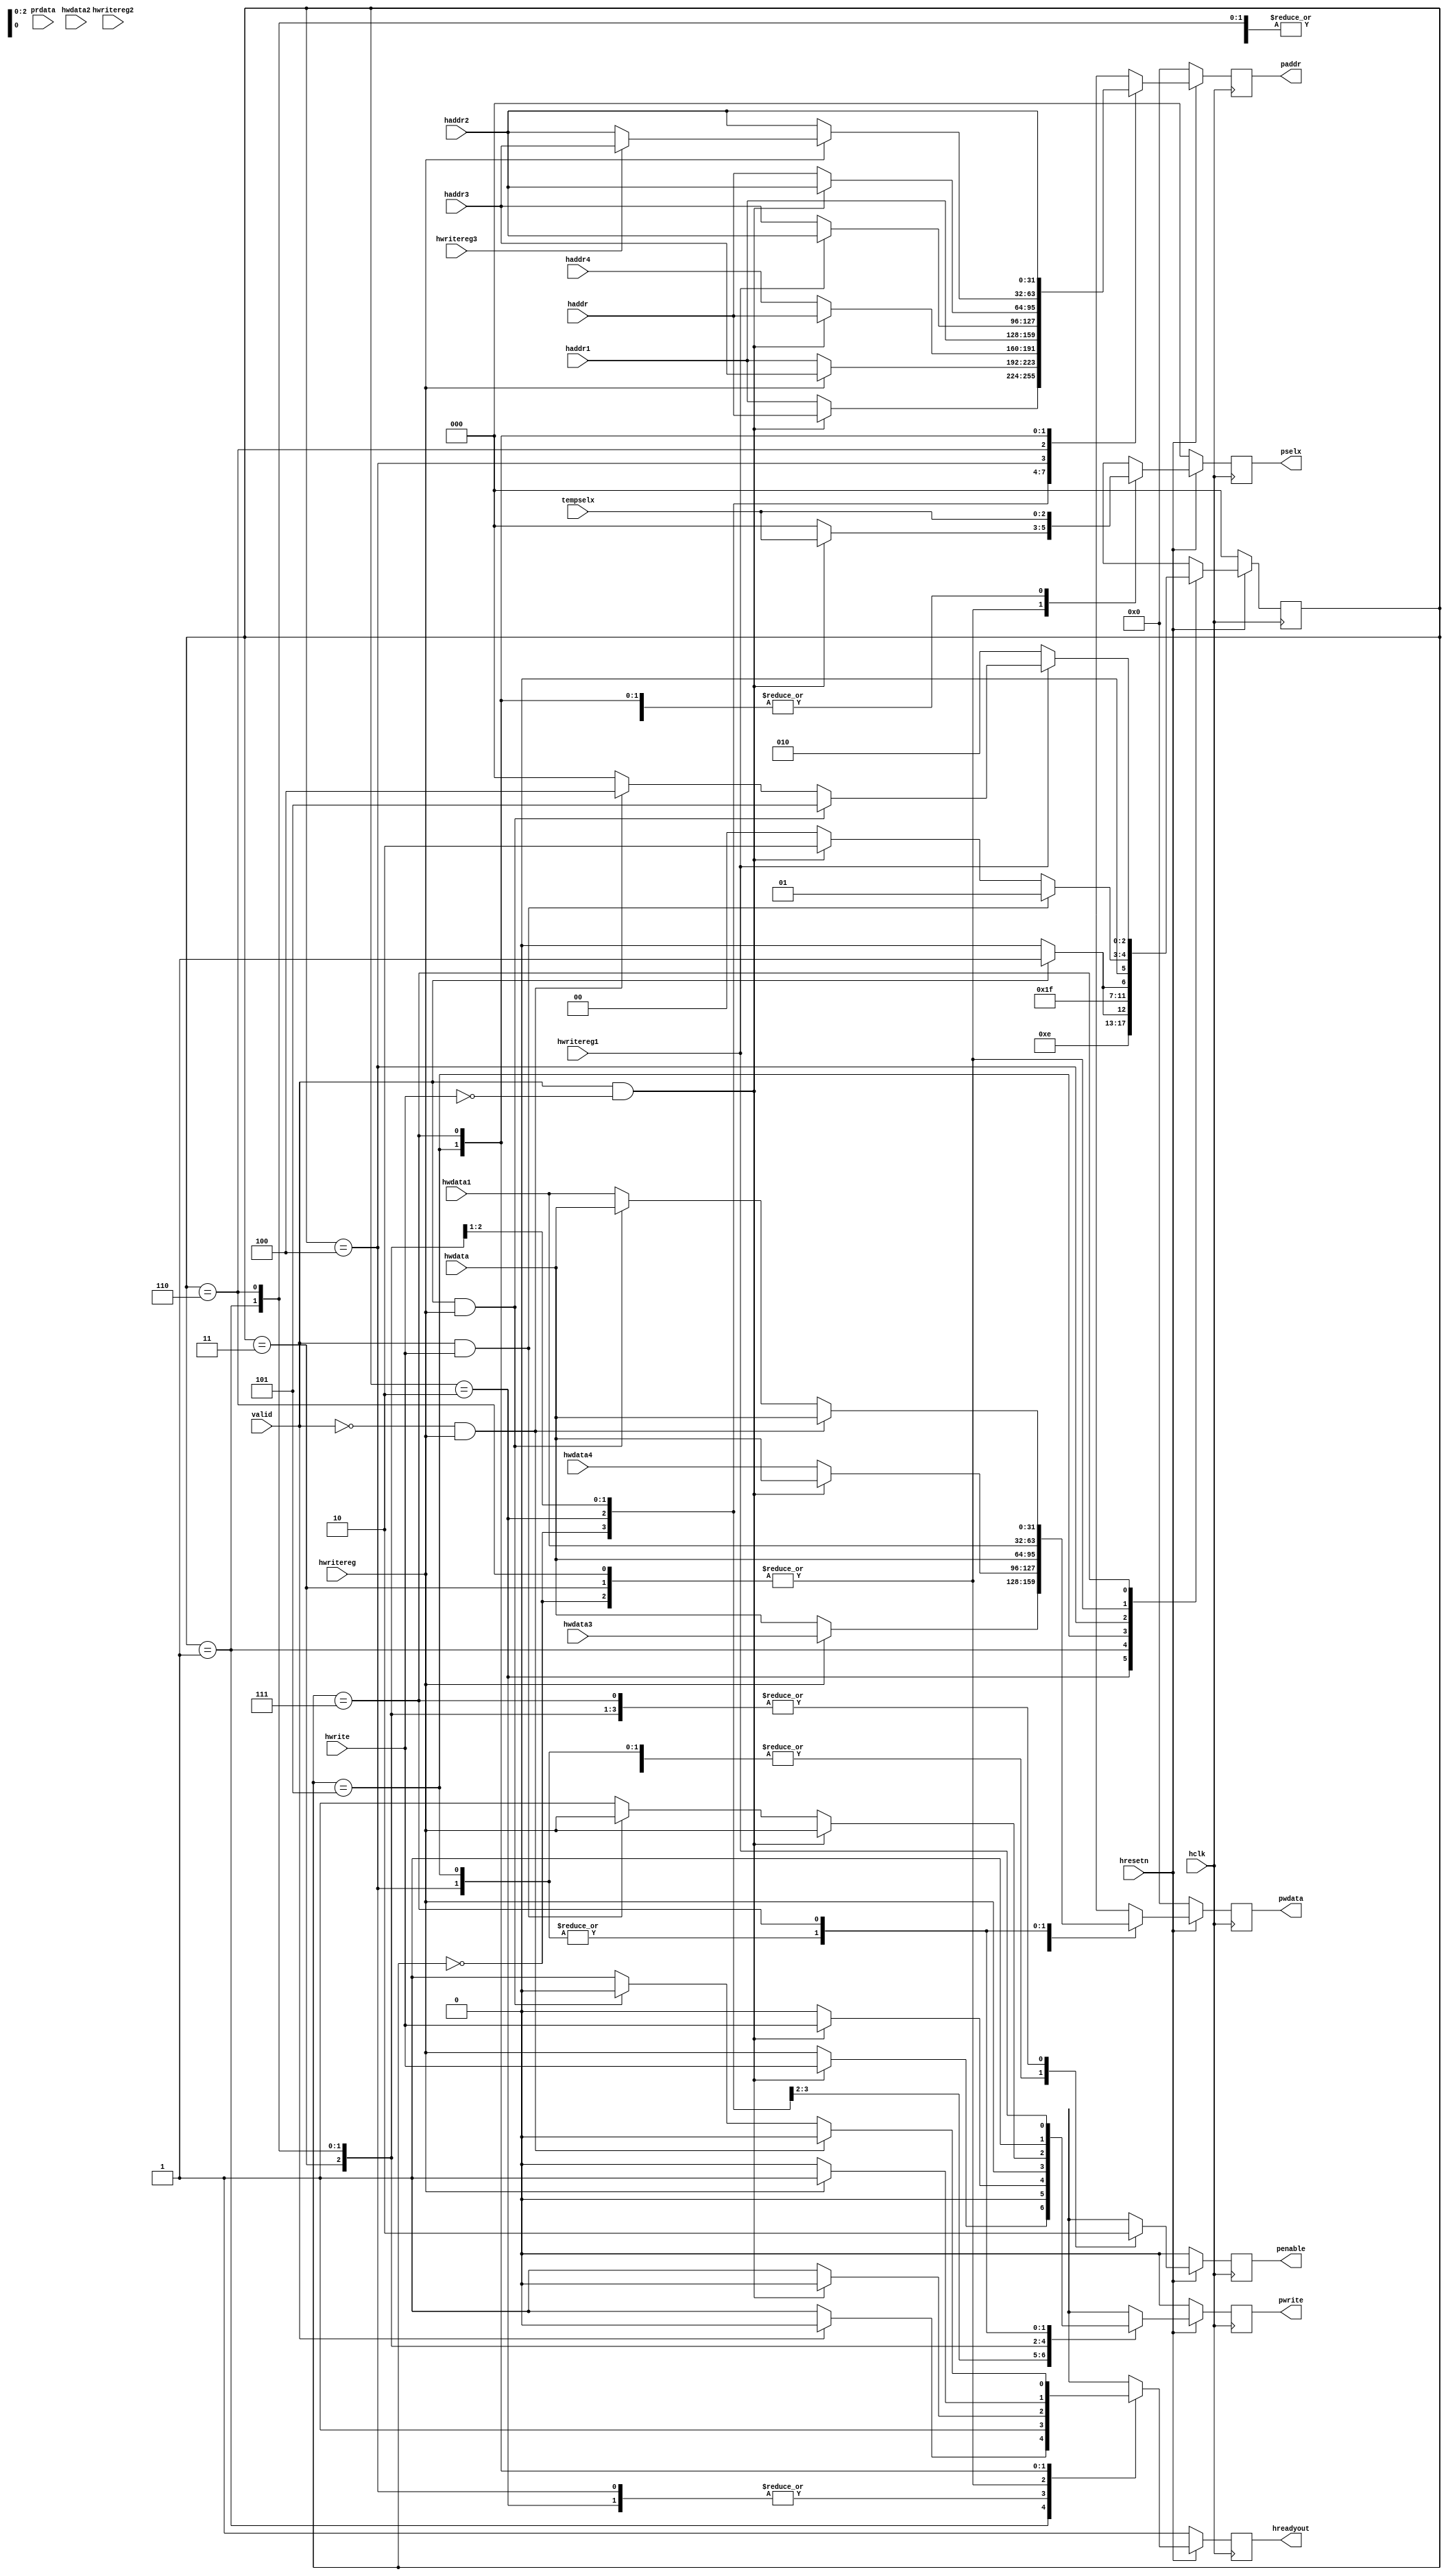
module apb_controller(hclk,hresetn,hwritereg,hwritereg1,hwritereg2,hwritereg3,hwrite,valid,haddr,hwdata,hwdata1,hwdata2,hwdata3,hwdata4,haddr1,haddr2,haddr3,haddr4,prdata,tempselx,penable,pwrite,hreadyout,pselx,paddr,pwdata);

input hclk;
input hresetn;
input [31:0] haddr;
input [31:0] haddr1;
input [31:0] haddr2;
input [31:0] haddr3;
input [31:0] haddr4;
input [31:0] hwdata;
input [31:0] hwdata1;
input [31:0] hwdata2;
input [31:0] hwdata3;
input [31:0] hwdata4;
input [31:0] prdata;
input [2:0] tempselx;
input valid;
input hwrite;
input hwritereg,hwritereg1,hwritereg2,hwritereg3;

output reg penable;
output reg pwrite;
output reg [2:0] pselx;
output reg [31:0] pwdata;
output reg [31:0] paddr;
output reg hreadyout;

// as there are 8 states we need register of width [2:0]  to complete all 8 states

reg [2:0] PRESENT_STATE,NEXT_STATE;



// giving resemblance to the states using parameters

parameter ST_IDLE = 3'b000,
          ST_WWAIT = 3'b001,
	  ST_READ = 3'b010,
	  ST_RENABLE = 3'b011,
	  ST_WRITE = 3'b100,
	  ST_WRITEP = 3'b101,
	  ST_WEENABLE = 3'b110,
	  ST_WENABLEP = 3'b111;
		  
 reg penable_temp;
 reg pwrite_temp;
 reg hreadyout_temp;
 reg [2:0] pselx_temp;
 reg [31:0] paddr_temp;
 reg [31:0] pwdata_temp;
		  


// present state logic 

always@(posedge hclk)
  begin
    if(!hresetn)
      PRESENT_STATE<=ST_IDLE;
   else
      PRESENT_STATE<=NEXT_STATE;
  end

// next state logic

 always@(*)
   begin
     NEXT_STATE=ST_IDLE;
	 
       case(PRESENT_STATE)
	  ST_IDLE: begin
		     if( valid == 1 && hwrite == 1)
		       NEXT_STATE = ST_WWAIT;
		     else if( valid == 1 && hwrite == 0)
		       NEXT_STATE = ST_READ;
		     else 
		       NEXT_STATE = ST_IDLE;
		   end
	 ST_READ : NEXT_STATE = ST_RENABLE;
		 
	 ST_RENABLE : begin 
		        if( valid == 1 && hwrite == 1)
			  NEXT_STATE = ST_WWAIT;
			else if( valid == 1 && hwrite == 0)
			  NEXT_STATE = ST_READ;
			else if(valid == 0)
			  NEXT_STATE = ST_IDLE;
		      end
	  ST_WWAIT :  begin
		        if( valid == 1)
	                  NEXT_STATE = ST_WRITEP;
			else if( valid == 0)
			  NEXT_STATE = ST_WRITE;
		      end
         
          ST_WRITEP : NEXT_STATE = ST_WENABLEP;
		 
	  ST_WRITE : begin
		       if( valid == 1)
		         NEXT_STATE = ST_WENABLEP;
		       else if( valid == 0)
			  NEXT_STATE = ST_WEENABLE;
		       end
					
         ST_WEENABLE : begin 
                         if( valid == 1 &&  hwrite == 1)
                           NEXT_STATE = ST_WWAIT;
                         else if( valid == 1 && hwrite == 0)
                           NEXT_STATE = ST_READ;
                         else if(valid == 0) 
                          NEXT_STATE = ST_IDLE;
                        end
		
          ST_WENABLEP : begin
                          if( hwritereg1 == 0)
                            NEXT_STATE = ST_READ; 
                         else if( valid == 1 && hwritereg == 1)
                            NEXT_STATE = ST_WRITEP;
                         else if( valid == 0 && hwritereg == 1)
                            NEXT_STATE = ST_WRITE;
                         end
						
	 default: NEXT_STATE = ST_IDLE;
                        
          
      endcase
  end

//temporary output logic

always@(*)
  begin
    case(PRESENT_STATE)
      ST_IDLE : if( valid == 1 && hwrite == 0 )
                  begin
	            paddr_temp = haddr;
                    pwdata_temp=hwdata;
	            pwrite_temp = hwrite;
	            pselx_temp = tempselx;
	            penable_temp = 0;
	            hreadyout_temp = 0;
	          end
		else if( valid == 1 && hwrite == 1 )
		  begin
                    paddr_temp=haddr1;
                    pwdata_temp=hwdata;
                    pwrite_temp=hwritereg;
		    pselx_temp = 0;
		    penable_temp = 0;
		    hreadyout_temp = 1;
                  end
		 else
	           begin
                     paddr_temp=haddr1;
                     pwdata_temp=hwdata;
                     pwrite_temp=hwritereg;
		     pselx_temp = 0;
		     penable_temp = 0; 
		     hreadyout_temp = 1;
		   end
      ST_READ :   if(hwritereg==0)
                    begin   
                      paddr_temp=haddr1;
                      pwdata_temp=hwdata;
                      pwrite_temp=0;
                      pselx_temp= tempselx;
                      penable_temp = 1;
		      hreadyout_temp = 1;
	            end
                 else
                   begin
                     paddr_temp=haddr3;
                     pwdata_temp=hwdata3;
                     pwrite_temp=0;
                     pselx_temp=tempselx;
                     penable_temp = 1;
	             hreadyout_temp = 1;
                   end
		   
     ST_RENABLE : if( valid == 1 && hwrite == 0)
                    begin
		      paddr_temp = haddr;
                      pwdata_temp=hwdata;
		      pwrite_temp = hwrite;
		      pselx_temp = tempselx;
		      penable_temp = 0;
		      hreadyout_temp = 0;
		    end
	          else if( valid == 1 && hwrite == 1 )
		    begin
                      paddr_temp=haddr4;
                      pwdata_temp=hwdata4;
                      pwrite_temp=0;
		      pselx_temp = 0;
		      penable_temp = 0;
		      hreadyout_temp = 1;
                   end
		  else
		    begin
                      paddr_temp=haddr4;
                      pwdata_temp=hwdata4;
                      pwrite_temp=0;
		      pselx_temp = 0;
		      penable_temp = 0;
		      hreadyout_temp = 1;
		    end

        ST_WWAIT :  if(valid)  
                      begin
                        paddr_temp = haddr1;
		        pwdata_temp = hwdata;
		        pwrite_temp = hwritereg;
		        pselx_temp = tempselx;
		        penable_temp = 0;
		        hreadyout_temp = 0;
		     end
	           else 
                     begin
                       paddr_temp = haddr1;
		       pwdata_temp = hwdata;
		       pwrite_temp = hwritereg;
		       pselx_temp = tempselx;
		       penable_temp = 0;
		       hreadyout_temp = 1;
                     end

       ST_WRITE :         
                  if(hwritereg1)
                    begin  
                      paddr_temp=haddr2;
                      pwdata_temp=hwdata1;
                      pwrite_temp=1;
                      pselx_temp=tempselx;
                      penable_temp = 1;
		      hreadyout_temp = 1;
		   end
                  else
                    begin  
                      paddr_temp=haddr3;
                      pwdata_temp=hwdata1;
                      pwrite_temp=1;
                      pselx_temp=tempselx;
                      penable_temp = 1;
		      hreadyout_temp = 1;
		   end
		   
     ST_WEENABLE : if( valid == 1 && hwrite == 0)
                     begin 
		       paddr_temp = haddr2;
                       pwdata_temp=hwdata;
		       pwrite_temp = hwritereg;
		       pselx_temp = tempselx;
		       penable_temp = 0;
		       hreadyout_temp = 0;
		     end
		    else if( valid == 1 && hwrite == 1)
		      begin
                        paddr_temp=haddr;
                        pwdata_temp=hwdata;
                        pwrite_temp= hwritereg;
		        pselx_temp = 0;
		        penable_temp = 0;
		        hreadyout_temp = 1;
                      end
		   else
		     begin
                       paddr_temp=haddr;
                       pwdata_temp=hwdata;
                       pwrite_temp=1;
		       pselx_temp = 0;
		       penable_temp = 0;
		       hreadyout_temp = 1;
		     end		   
		   
     ST_WRITEP :   if(hwritereg==0)
                     begin
                       paddr_temp=haddr2;
                       pwdata_temp= hwdata1;
                       pwrite_temp=1;
                       pselx_temp=tempselx;
                       penable_temp=1;
                       hreadyout_temp=0;
                     end
                  else if(hwritereg3)
                    begin
                      paddr_temp=haddr3;
                      pwdata_temp=hwdata1;
                      pwrite_temp=1;
                      pselx_temp=tempselx;
                      penable_temp = 1;
		      hreadyout_temp = 1;
		    end
                  else
                    begin
                      paddr_temp=haddr2;
                      pwdata_temp=hwdata1;
                      pwrite_temp=1;
                      pselx_temp=tempselx;
                      penable_temp = 1;
		      hreadyout_temp = 1;
		    end
           
    ST_WENABLEP : if(valid==0 && hwritereg==1)
                    begin
                      paddr_temp = haddr2;
                      pwdata_temp=hwdata;
		      pwrite_temp = hwritereg1;
		      pselx_temp = tempselx;
		      penable_temp = 0;
		      hreadyout_temp = 0;
                    end
                  else if(valid==1&&hwritereg==1)
                    begin
                      paddr_temp = haddr2;
	              pwdata_temp = hwdata;
		      pwrite_temp = hwritereg1;
		      pselx_temp = tempselx;
		      penable_temp = 0;
		      hreadyout_temp = 0;
		    end
		   else
                     begin
                       paddr_temp = haddr2;
	               pwdata_temp = hwdata1;
		       pwrite_temp = hwritereg1;
		       pselx_temp = tempselx;
		       penable_temp = 0;
		       hreadyout_temp = 1;
                      end
                       

			   
      endcase
  end

// actual output logic

always@(posedge hclk)
  begin
    if(!hresetn)
      begin
        paddr<= 0;
        penable<= 0;
        pselx<= 0;
        pwdata<= 0;
        pwrite<= 0;
        hreadyout<= 1;
     end
  else
    begin
      paddr<= paddr_temp;
      penable<= penable_temp;
      pselx<= pselx_temp;
      pwdata<= pwdata_temp;
      pwrite<= pwrite_temp;
      hreadyout<= hreadyout_temp;
   end
end
 
 endmodule